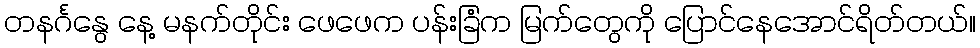
တနင်္ဂနွေ နေ့ မနက်တိုင်း ဖေဖေက ပန်းခြံက မြက်တွေကို ပြောင်နေအောင်ရိတ်တယ်။